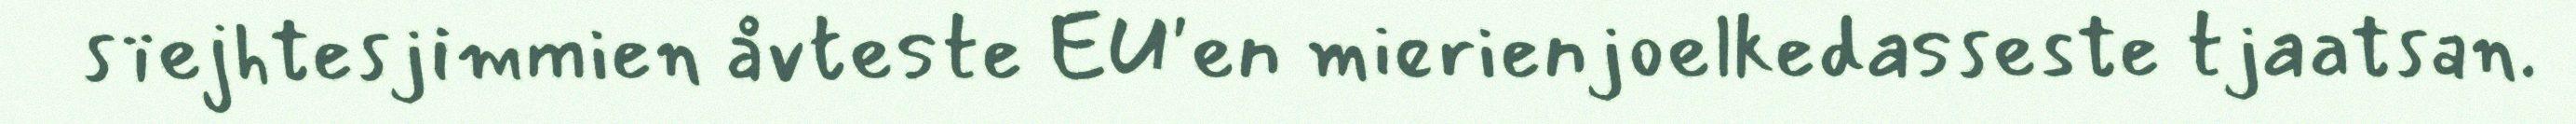
sïejhtesjimmien åvteste EU'en mierienjoelkedasseste tjaatsan.